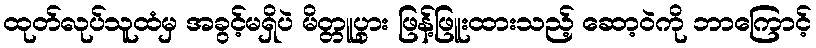
ထုတ်လုပ်သူထံမှ အခွင့်မရှိပဲ မိတ္တူပွား ဖြန့်ဖြူးထားသည့် ဆော့ဝဲကို ဘာကြောင့်